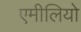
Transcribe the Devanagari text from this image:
एमीलियो